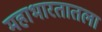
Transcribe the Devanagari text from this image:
महाभारतातला